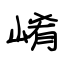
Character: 崤